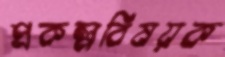
প্রকল্পবিষয়ক